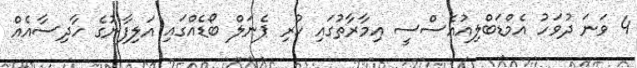
4 ވަނަ ދުވަހު އެމްޑަބްލިއުއެސްސީ އިމާރާތުގައި ހުރި ޕެނަލް ބޯޑެއްގައި އަލިފާނުގެ ހާދިސާއެއް